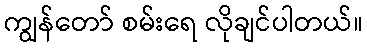
ကျွန်တော် စမ်းရေ လိုချင်ပါတယ်။